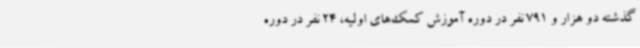
گذشته دو هزار و 791 نفر در دوره آموزش کمک‌های اولیه، 24 نفر در دوره